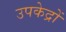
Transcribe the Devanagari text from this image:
उपकेद्रों